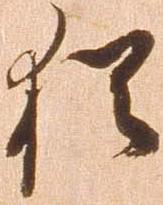
猶